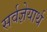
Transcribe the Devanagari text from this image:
सर्वज्ञेयार्थ